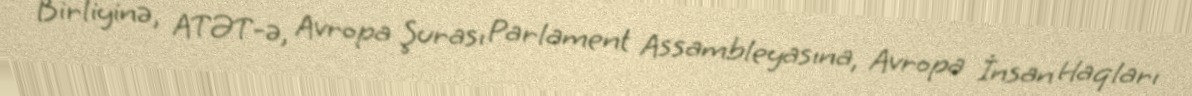
Birliyinə, ATƏT-ə, Avropa Şurası Parlament Assambleyasına, Avropa İnsan Haqları